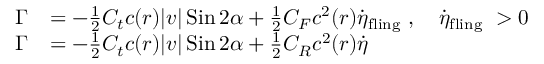
\begin{array} { r l } { \Gamma } & { = - \frac { 1 } { 2 } C _ { t } c ( r ) | v | \operatorname { S i n } 2 \alpha + \frac { 1 } { 2 } C _ { F } c ^ { 2 } ( r ) \dot { \eta } _ { \mathrm { f l i n g ~ } } , \quad \dot { \eta } _ { \mathrm { f l i n g ~ } } > 0 } \\ { \Gamma } & { = - \frac { 1 } { 2 } C _ { t } c ( r ) | v | \operatorname { S i n } 2 \alpha + \frac { 1 } { 2 } C _ { R } c ^ { 2 } ( r ) \dot { \eta } } \end{array}